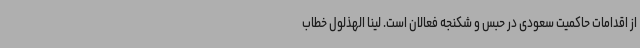
از اقدامات حاکمیت سعودی در حبس و شکنجه فعالان است. لینا الهذلول خطاب